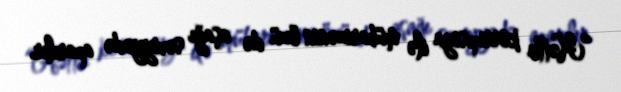
“Hətta korrupsiya ilə mübarizənin özü də aşağı səviyyədə aparılır.